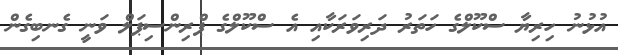
އުޅުނު ހިރިޔާ ސްކޫލްގެ ހަތަރު ދަރިވަރަކާއި އެ ސްކޫލްގެ ޕްރިންސިޕަލް ވަނީ ގެނބިގެން